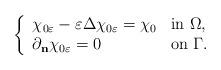
LaTeX: \begin{align*} \left\{ \begin{array}{ll}\chi_{0\varepsilon} - \varepsilon \Delta \chi_{0\varepsilon} = \chi_0& \textrm{in $\Omega$}, \\\partial_{\bf{n}}\chi_{0\varepsilon} = 0& \textrm{on $ \Gamma $.}\end{array}\right.\end{align*}